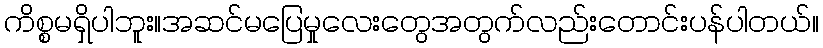
ကိစ္စမရှိပါဘူး။အဆင်မပြေမှုလေးတွေအတွက်လည်းတောင်းပန်ပါတယ်။